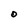
Character: O